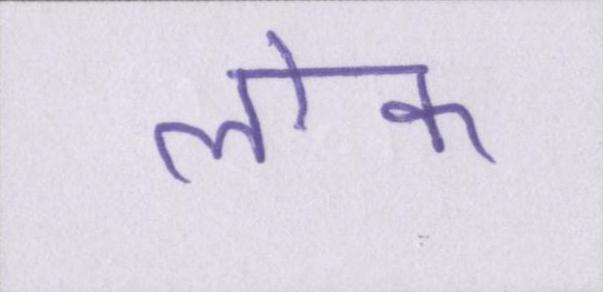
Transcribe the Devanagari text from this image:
लॊक